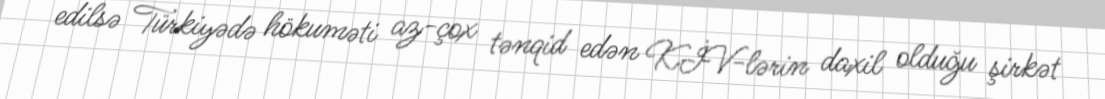
edilsə Türkiyədə hökuməti az-çox tənqid edən KİV-lərin daxil olduğu şirkət